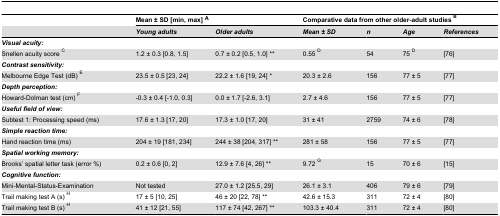
|  | <COLSPAN=2> Mean ± SD [min, max] A | <COLSPAN=4> Comparative data from other older-adult studies B |
 |  | Young adults | Older adults | Mean ± SD | n | Age | References |
 | --- | --- | --- | --- | --- | --- | --- |
 | Visual acuity: |  |  |  |  |  |  |
 | Snellen acuity score C | 1.2 ± 0.3 [0.8, 1.5] | 0.7 ± 0.2 [0.5, 1.0] ** | 0.55 D | 54 | 75 D | [76] |
 | Contrast sensitivity: |  |  |  |  |  |  |
 | Melbourne Edge Test (dB) E | 23.5 ± 0.5 [23, 24] | 22.2 ± 1.6 [19, 24] * | 20.3 ± 2.6 | 156 | 77 ± 5 | [77] |
 | Depth perception: |  |  |  |  |  |  |
 | Howard-Dolman test (cm) F | -0.3 ± 0.4 [-1.0, 0.3] | 0.0 ± 1.7 [-2.6, 3.1] | 2.7 ± 4.6 | 156 | 77 ± 5 | [77] |
 | Useful field of view: |  |  |  |  |  |  |
 | Subtest 1: Processing speed (ms) | 17.6 ± 1.3 [17, 20] | 17.3 ± 1.0 [17, 20] | 31 ± 41 | 2759 | 74 ± 6 | [78] |
 | Simple reaction time: |  |  |  |  |  |  |
 | Hand reaction time (ms) | 204 ± 19 [181, 234] | 244 ± 38 [204, 317] ** | 281 ± 58 | 156 | 77 ± 5 | [77] |
 | Spatial working memory: |  |  |  |  |  |  |
 | Brooks’ spatial letter task (error %) | 0.2 ± 0.6 [0, 2] | 12.9 ± 7.6 [4, 26] ** | 9.72 G | 15 | 70 ± 6 | [15] |
 | Cognitive function: |  |  |  |  |  |  |
 | Mini-Mental-Status-Examination | Not tested | 27.0 ± 1.2 [25.5, 29] | 26.1 ± 3.1 | 406 | 79 ± 6 | [79] |
 | Trail making test A (s) H | 17 ± 5 [10, 25] | 46 ± 20 [22, 78] ** | 42.6 ± 15.3 | 311 | 72 ± 4 | [80] |
 | Trail making test B (s) H | 41 ± 12 [21, 55] | 117 ± 74 [42, 267] ** | 103.3 ± 40.4 | 311 | 72 ± 4 | [80] |